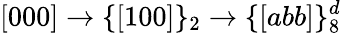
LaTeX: [000]\rightarrow\{ [100]\} _{2}\rightarrow\{ [abb]\} _{8}^{d}